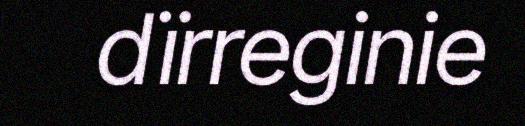
dïrreginie